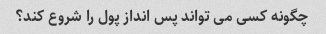
چگونه کسی می تواند پس انداز پول را شروع کند؟